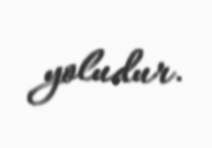
yoludur.